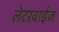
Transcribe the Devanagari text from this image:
लेटरवाईज